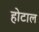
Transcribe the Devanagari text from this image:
होटाल